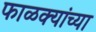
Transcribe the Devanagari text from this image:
फाळक्यांच्या